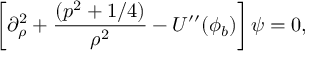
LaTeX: \left[ \partial _ { \rho } ^ { 2 } + \frac { ( p ^ { 2 } + 1 / 4 ) } { \rho ^ { 2 } } - U ^ { \prime \prime } ( \phi _ { b } ) \right] \psi = 0 ,